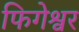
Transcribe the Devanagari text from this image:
फिगेश्वर